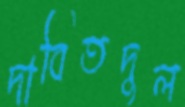
দাবিতদুল